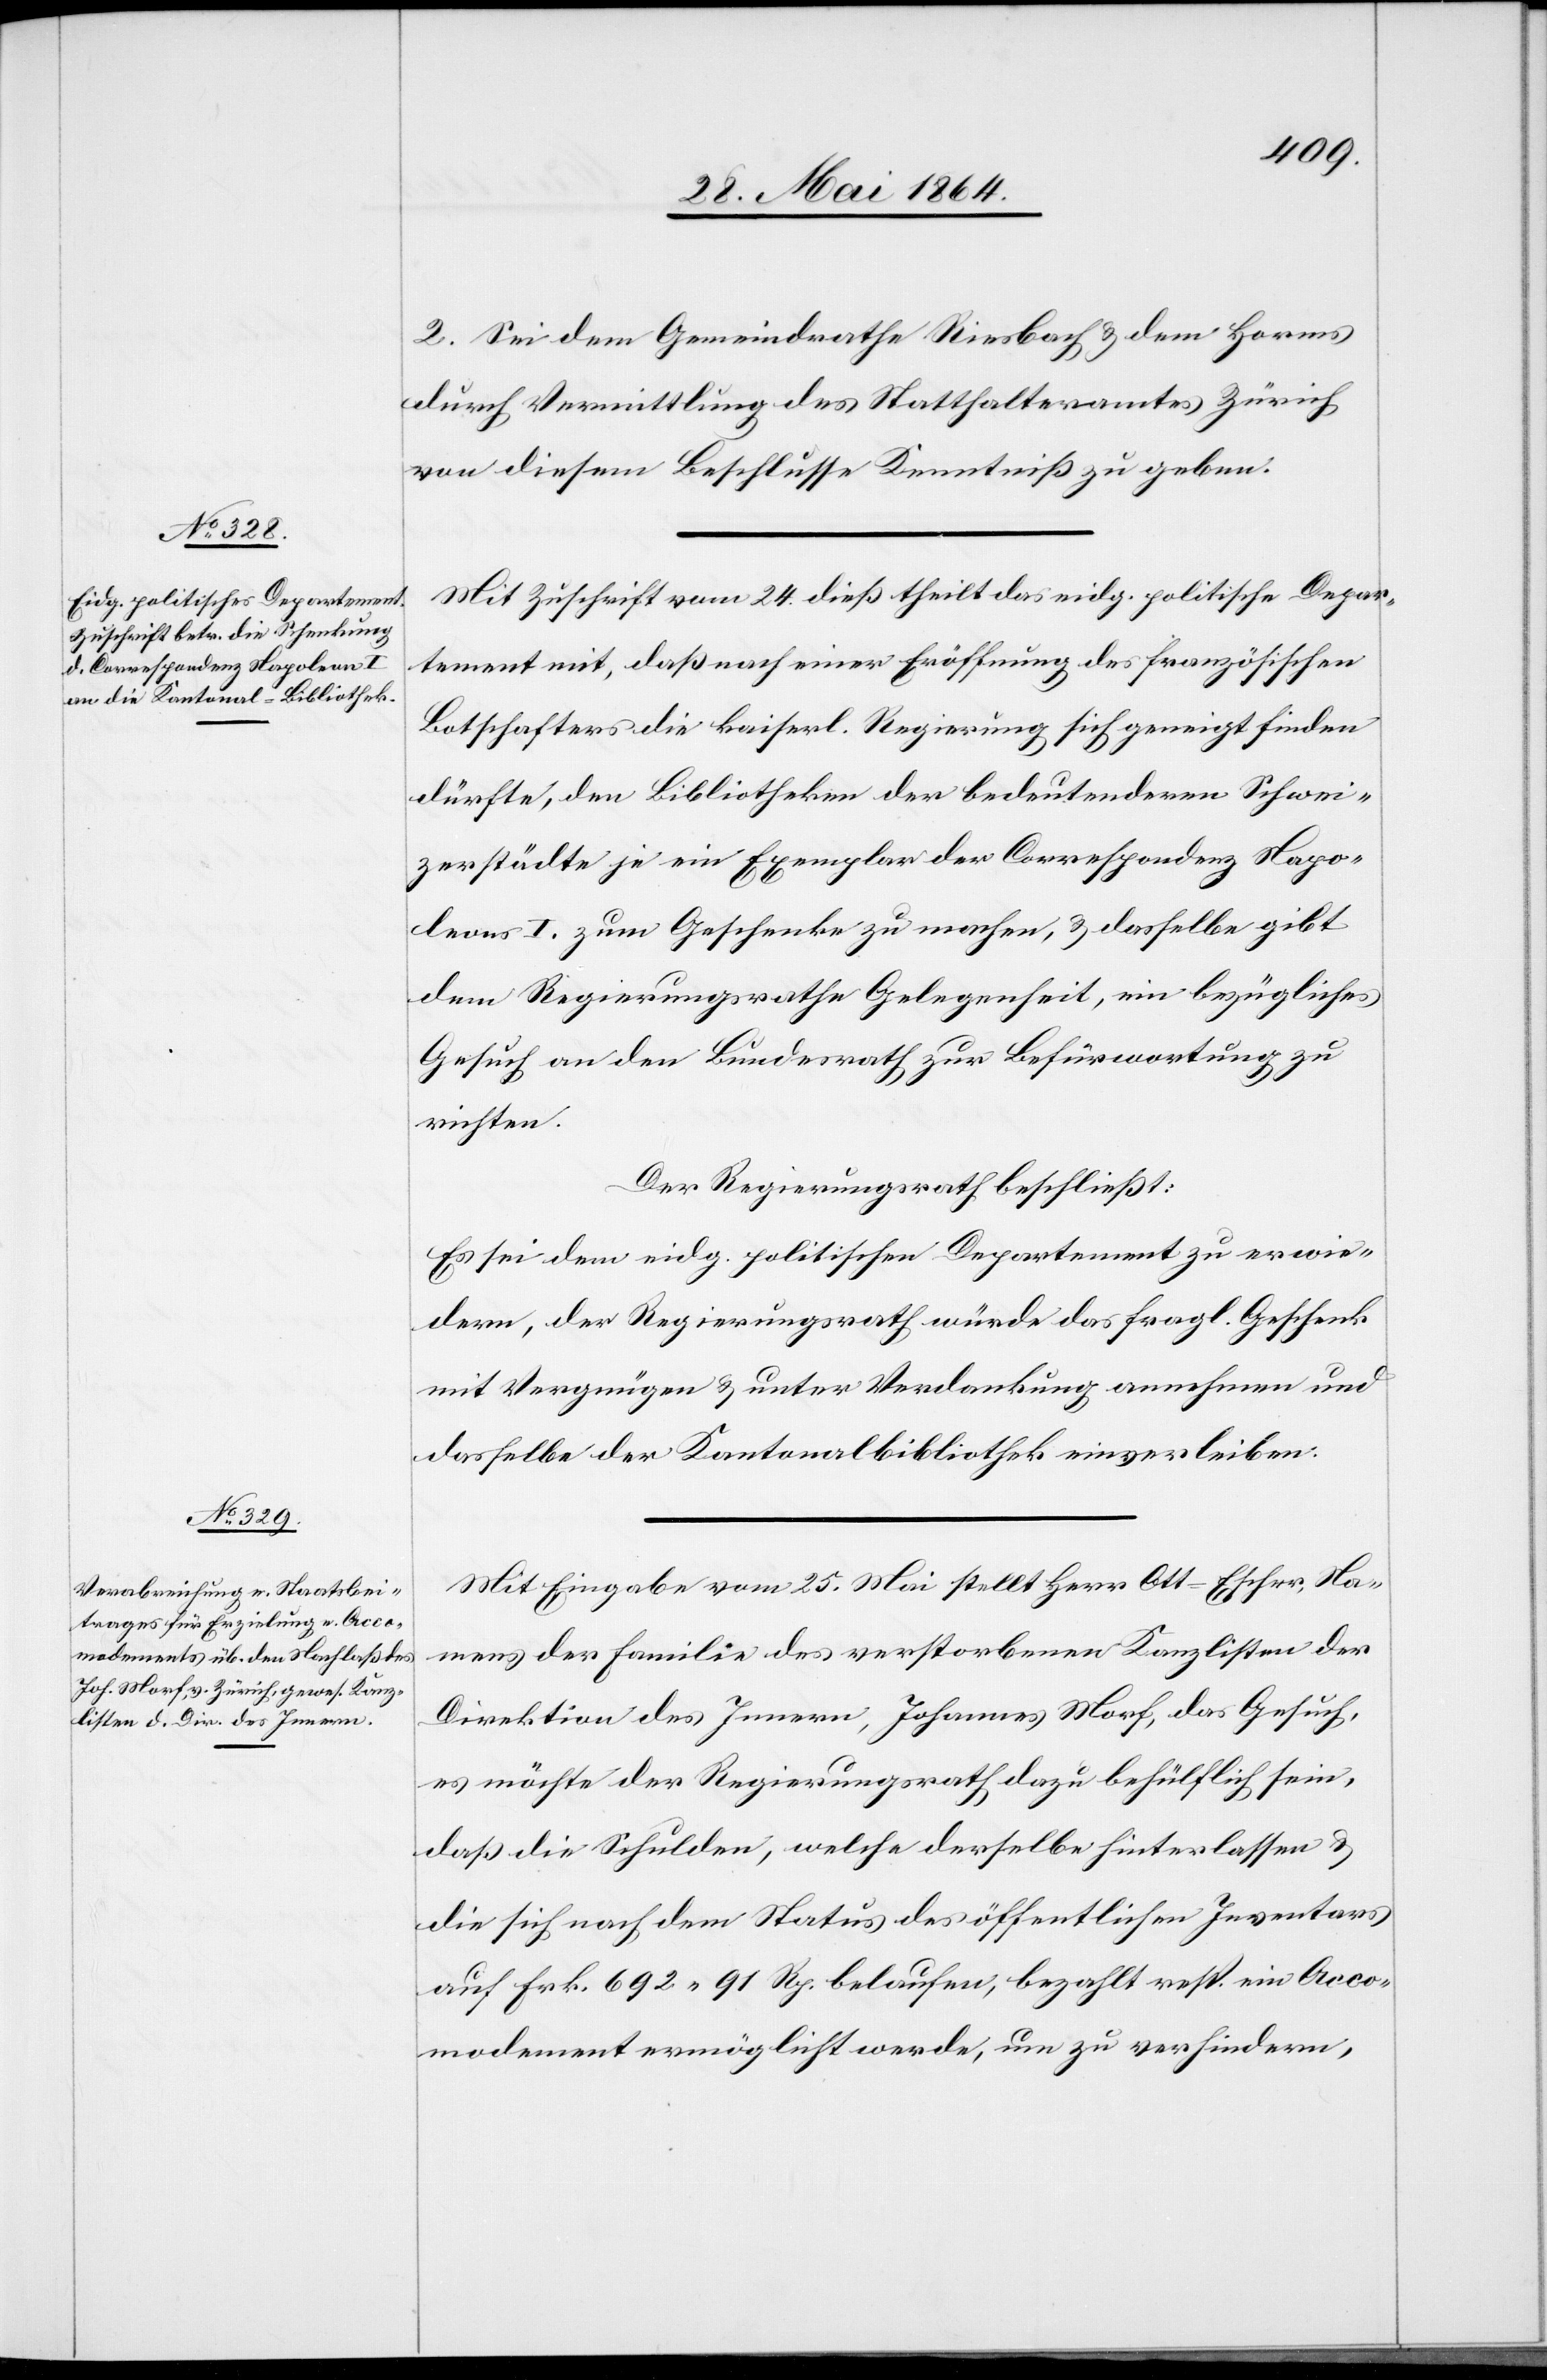
2. Sei dem Gemeindrathe Riesbach u. dem Horms
durch Vermittlung des Statthalteramtes Zürich
von diesem Beschlusse Kenntnis zu geben.
Mit Zuschrift vom 24. dieß theilt das eidg. politische Depar¬
tement mit, daß nach einer Eröffnung des französischen
Botschafters die kaiserl. Regierung sich geneigt finden
dürfte, den Bibliotheken der bedeutenderen Schwei¬
zerstädte je ein Exemplar der Correspondenz Napo¬
leons I. zum Geschenke zu machen, u. dasselbe gibt
dem Regierungsrathe Gelegenheit, ein bezügliches
Gesuch an den Bundesrath zur Befürwortung zu
richten.
Der Regierungsrath beschließt:
Es sei dem eidg. politischen Departement zu erwie¬
dern, der Regierungsrath würde das fragl. Geschenk
mit Vergnügen u. unter Verdankung annehmen und
dasselbe der Kantonalbibliothek einverleiben.
Mit Eingabe vom 25. Mai stellt Herr Ott-Escher, Na¬
mens der Familie des verstorbenen Kanzlisten der
Direktion des Innern, Johannes Morf, das Gesuch,
es möchte der Regierungsrath dazu behülflich sein,
daß die Schulden, welche derselbe hinterlassen u.
die sich nach dem Status des öffentlichen Inventars
auf Frk. 692 91 Rp. belaufen, bezahlt resp. ein Acco¬
modement ermöglicht werde, um zu verhindern,